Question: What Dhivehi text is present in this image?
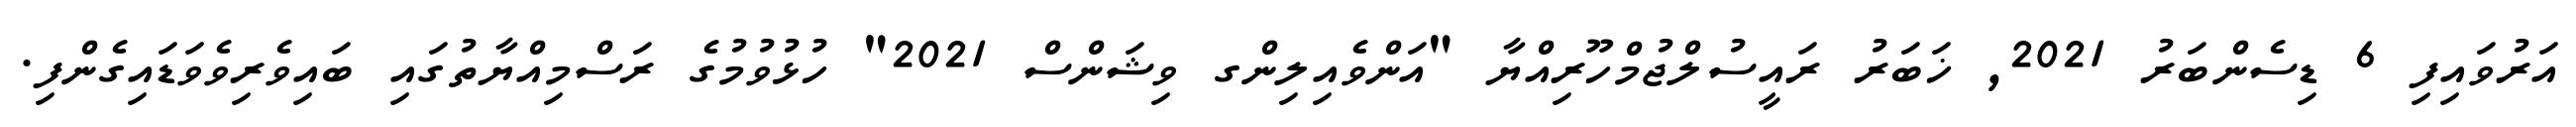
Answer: އަރުވައިފި 6 ޑިސެންބަރު 2021, ޚަބަރު ރައީސުލްޖުމްހޫރިއްޔާ "އަންވެއިލިންގ ވިޝަންސް 2021" ހުޅުވުމުގެ ރަސްމިއްޔާތުގައި ބައިވެރިވެވަޑައިގެންފި.